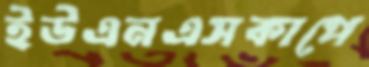
ইউএনএসকাপে